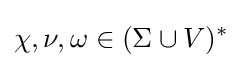
\chi ,\nu ,\omega \in (\Sigma \cup V)^{*}